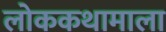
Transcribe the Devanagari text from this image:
लोककथामाला